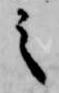
之